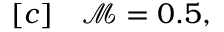
\begin{array} { r l } { [ c ] } & { { } \mathcal { M } = 0 . 5 , } \end{array}